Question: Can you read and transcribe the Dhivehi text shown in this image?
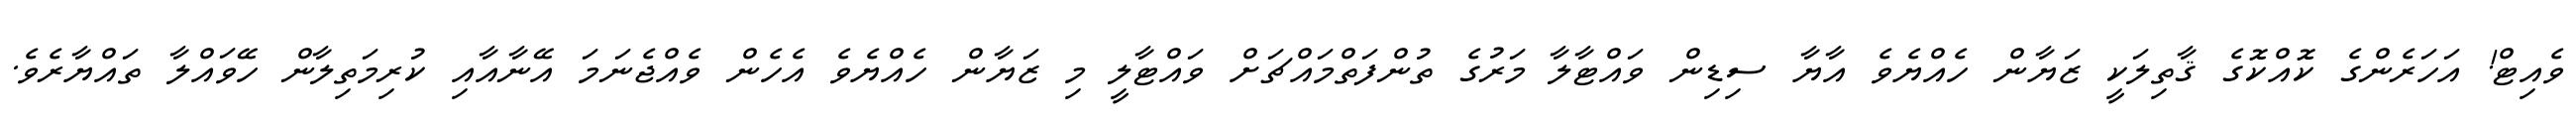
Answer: ވެއިޓް! އަހަރެންގެ ކޮއްކޮގެ ޤާތިލަކީ ޒަޔާން ހެއްޔެވެ އާޔާ ސިޑިން ވައްޓާލާ މަރުގެ ތުންފަތްމައްޗަށް ވައްޓާލީ މި ޒަޔާން ހެއްޔެވެ އެހެން ވެއްޖެނަމަ އޭނާއާއި ކުރިމަތިލާން ހޭވައްލާ ތައްޔާރެވެ.